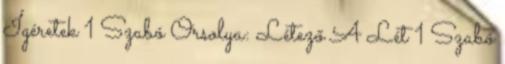
Ígéretek 1 Szabó Orsolya: Létező A Lét 1 Szabó